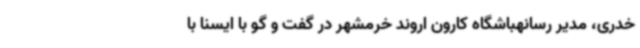
خدری، مدیر رسانهباشگاه کارون اروند خرمشهر در گفت و گو با ایسنا با